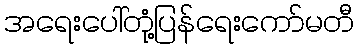
အရေးပေါ်တုံ့ပြန်ရေးကော်မတီ